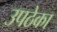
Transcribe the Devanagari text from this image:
उपठेका